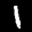
Label: 1